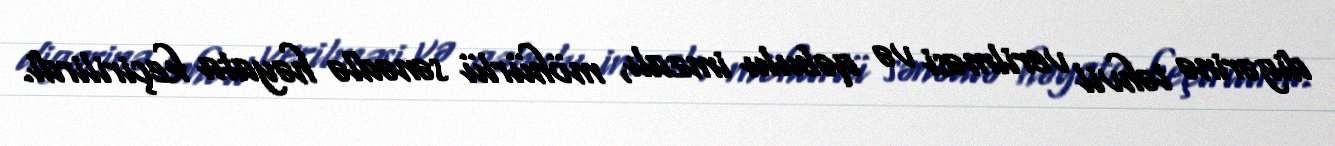
digərinə təhvil verilməsi və qəbulu imzalı, möhürlü sənədlə həyata keçirilirdi.